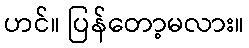
ဟင်။ ပြန်တော့မလား။